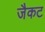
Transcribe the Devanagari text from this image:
जैकट